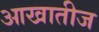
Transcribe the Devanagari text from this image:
आखातीज